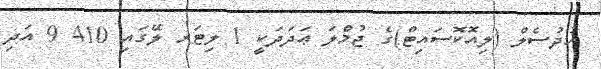
ހުދުސެލް (ލިއޮކޮސައިޓް)ގެ ޖުމްލަ ޢަދަދަކީ 1 ލިޓަރ ލޭގައި 410 9 އަދި